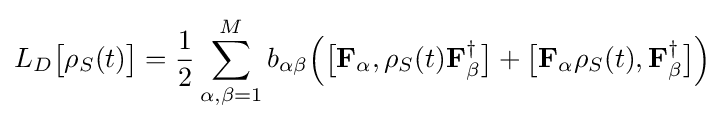
L_{D}{\big [}\rho _{S}(t){\big ]}={\frac {1}{2}}\sum _{\alpha ,\beta =1}^{M}b_{\alpha \beta }{\Big (}{\big [}\mathbf {F} _{\alpha },\rho _{S}(t)\mathbf {F} _{\beta }^{\dagger }{\big ]}+{\big [}\mathbf {F} _{\alpha }\rho _{S}(t),\mathbf {F} _{\beta }^{\dagger }{\big ]}{\Big )}